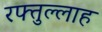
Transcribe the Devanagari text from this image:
रफ्तुल्लाह